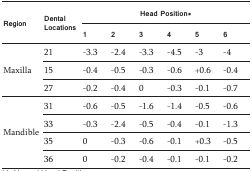
| <ROWSPAN=2> Region | <ROWSPAN=2> Dental Locations | <COLSPAN=6> Head Position * |
 | 1 | 2 | 3 | 4 | 5 | 6 |
 | --- | --- | --- | --- | --- | --- | --- | --- |
 | <ROWSPAN=3> Maxilla | 21 | -3.3 | -2.4 | -3.3 | -4.5 | -3 | -4 |
 | 15 | -0.4 | -0.5 | -0.3 | -0.6 | +0.6 | -0.4 |
 | 27 | -0.2 | -0.4 | 0 | -0.3 | -0.1 | -0.7 |
 | <ROWSPAN=4> Mandible | 31 | -0.6 | -0.5 | -1.6 | -1.4 | -0.5 | -0.6 |
 | 33 | -0.3 | -2.4 | -0.5 | -0.4 | -0.1 | -1.3 |
 | 35 | 0 | -0.3 | -0.6 | -0.1 | +0.3 | -0.5 |
 | 36 | 0 | -0.2 | -0.4 | -0.1 | -0.1 | -0.2 |